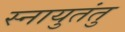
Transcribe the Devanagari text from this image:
स्नायुतंतु